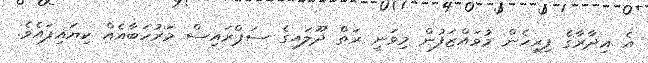
އެ އިދާރާގެ ފިރިހެން މުވައްޒަފުން މިވަނީ ރަތް ދޫލައިގެ ސަޕްރައިސް މަރުހަބާއެއް ކިޔައިފައެވެ.